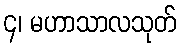
၄၊ မဟာသာလသုတ်